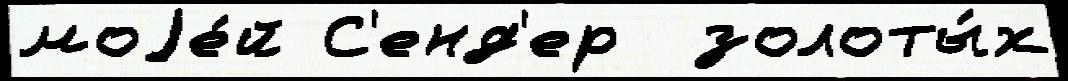
моjе́й С'енд'ер  золоты́х